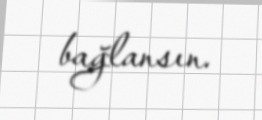
bağlansın.